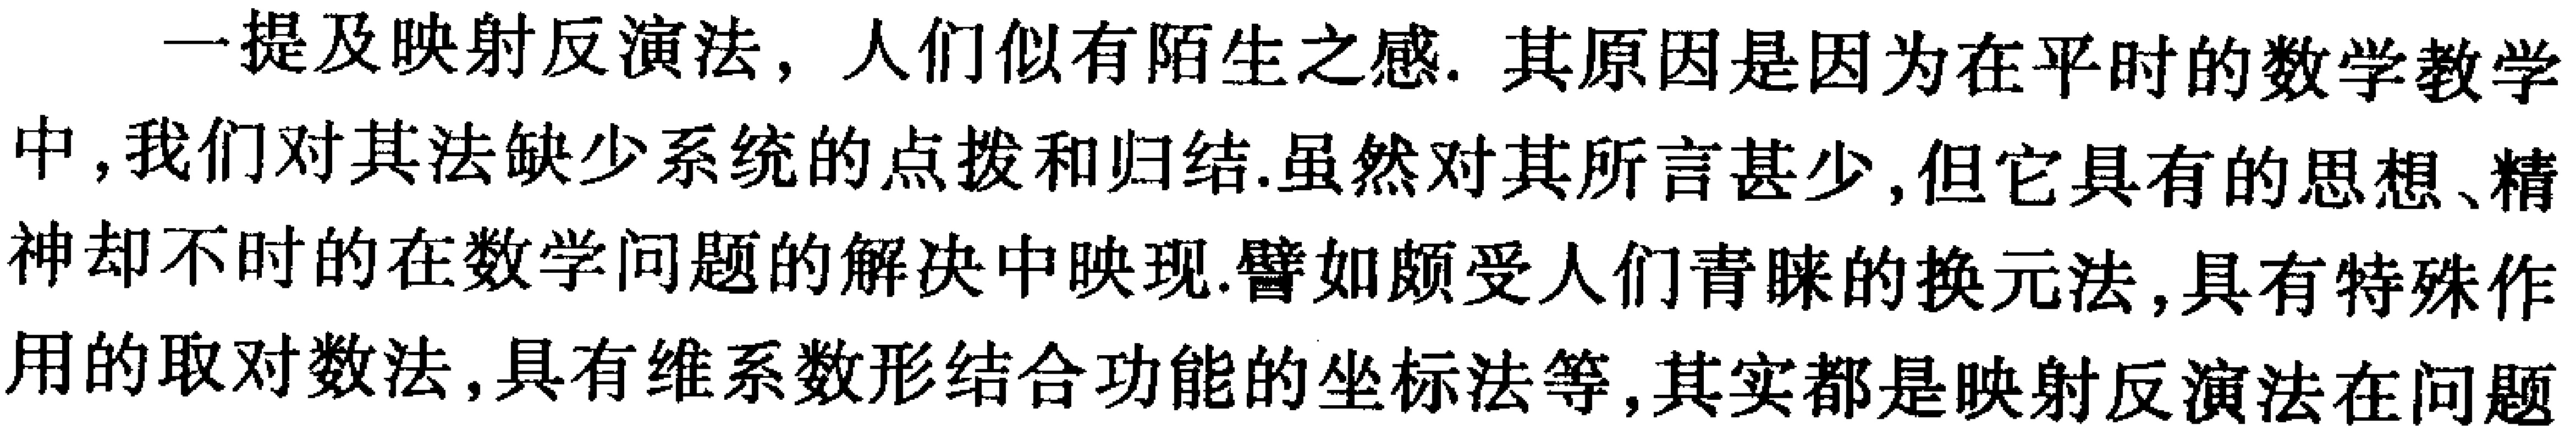
一 提 及 映 射 反 演 法，人 们 似 有 陌 生 之 感. 其 原 因 是 因 为 在 平 时 的 数 学 教 学 中，我 们 对 其 法 缺 少 系 统 的 点 拨 和 归 结. 虽 然 对 其 所 言 甚 少，但 它 具 有 的 思 想、精 神 却 不 时 的 在 数 学 问 题 的 解 决 中 映 现. 譬 如 颇 受 人 们 青 睐 的 换 元 法，具 有 特 殊 作 用 的 取 对 数 法，具 有 维 系 数 形 结 合 功 能 的 坐 标 法 等，其 实 都 是 映 射 反 演 法 在 问 题